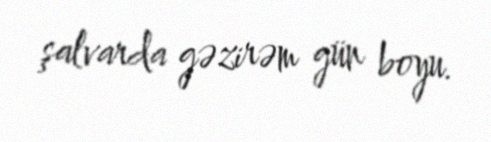
şalvarda gəzirəm gün boyu.